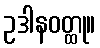
ဥဒါနဝတ္ထု။